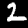
Digit: 2